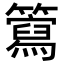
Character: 𥶘